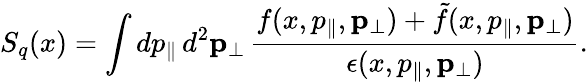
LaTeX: S_{q}(x)=\int dp_{\parallel}\, d^{2}{\mathbf p}_{\perp}\, \frac{f(x,p_{\parallel},{\mathbf p}_{\perp})+\tilde{f}(x,p_{\parallel},{\mathbf p}_{\perp})}{\epsilon(x,p_{\parallel},{\mathbf p}_{\perp})}.